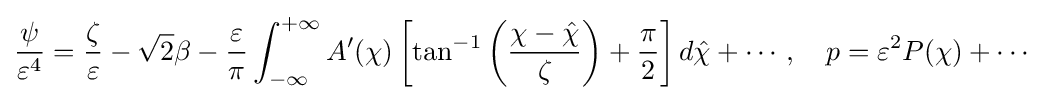
{\frac {\psi }{\varepsilon ^{4}}}={\frac {\zeta }{\varepsilon }}-{\sqrt {2}}\beta -{\frac {\varepsilon }{\pi }}\int _{-\infty }^{+\infty }A'(\chi )\left[\tan ^{-1}\left({\frac {\chi -{\hat {\chi }}}{\zeta }}\right)+{\frac {\pi }{2}}\right]d{\hat {\chi }}+\cdots ,\quad p=\varepsilon ^{2}P(\chi )+\cdots